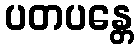
ပတပန္တေ